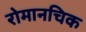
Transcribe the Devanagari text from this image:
रोमानचिक